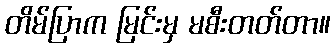
တိမ်ပြာက မြင်းမှ မစီးတတ်တာ။